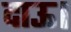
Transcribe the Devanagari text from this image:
दाऊ।